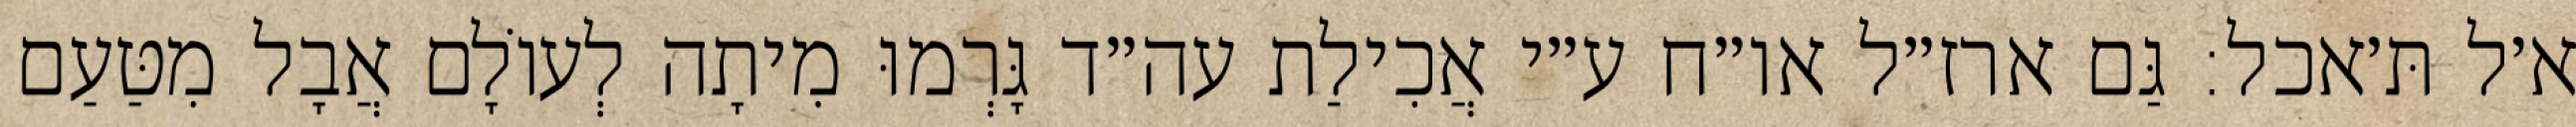
א׳ל תּ׳אכל: גַּם ארז״ל או״ח ע״י אֲכִילַת עה״ד גָּרְמוּ מִיתָה לְעוֹלָם אֲבָל מִטַּעַם